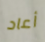
أعاد